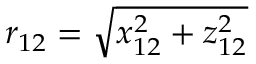
r _ { 1 2 } = \sqrt { x _ { 1 2 } ^ { 2 } + z _ { 1 2 } ^ { 2 } }